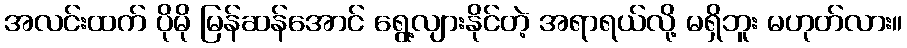
အလင်းထက် ပိုမို မြန်ဆန်အောင် ရွေ့လျားနိုင်တဲ့ အရာရယ်လို့ မရှိဘူး မဟုတ်လား။